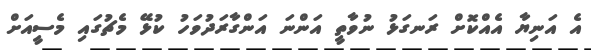
އެ އަނިޔާ އެއްކޮށް ރަނގަޅު ނުވާތީ އަންނަ އަންގާރަދުވަހު ކުޅޭ މެޗުގައި މެސީއަށް